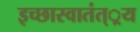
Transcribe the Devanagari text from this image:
इच्छास्वातंत््रय